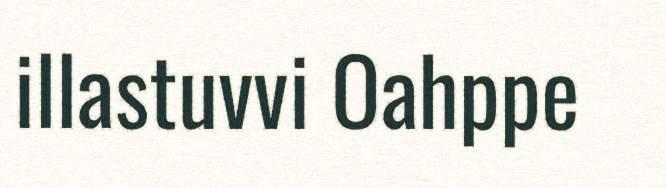
illastuvvi Oahppe